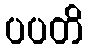
ပပတိ